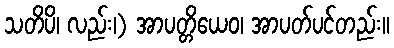
သတိပိ၊ လည်း၊) အာပတ္တိယေဝ၊ အာပတ်ပင်တည်း။